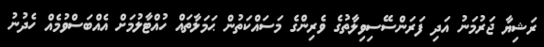
ރަޝިޔާ ޖަރުމަނު އަދި ފަރަންސޭސިވިލާތުގެ ވެރިންގެ މަސައްކަތުން ޙަމަލާތައް ހުއްޓާލުމަށް އެއްބަސްވުމެއް ހެދުނު